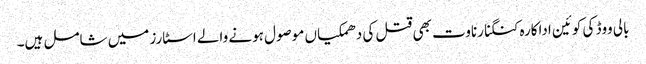
بالی ووڈ کی کوئین اداکارہ کنگنا رناوت بھی قتل کی دھمکیاں موصول ہونے والے اسٹارز میں شامل ہیں۔